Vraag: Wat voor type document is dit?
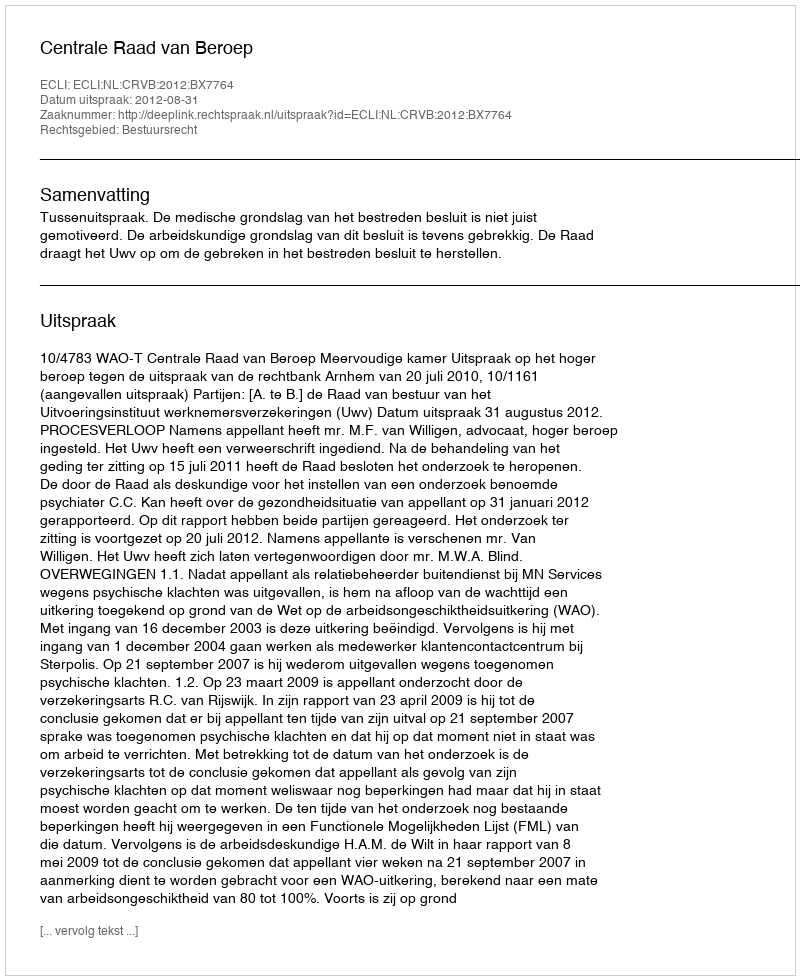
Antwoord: Uitspraak